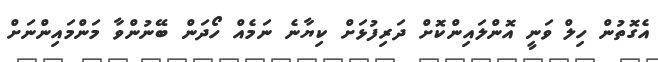
އެގޮތުން ހިލް ވަނީ އޮންލައިންކޮށް ދަރިފުޅަށް ކިޔާނެ ނަމެއް ހޯދަން ބޭނުންވާ މަންމައިންނަށް